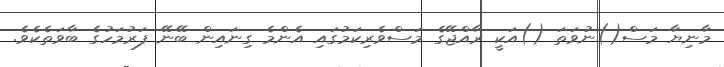
މާނިޔާ މަސް()ނުވަތަ ()އަކީ ރާއްޖޭގެ މަސްވެރިކަމުގައި އެންމެ ގިނައިން ބޭނޭ ފަރުމަހުގެ ބާވަތެކެވެ.